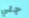
جلي